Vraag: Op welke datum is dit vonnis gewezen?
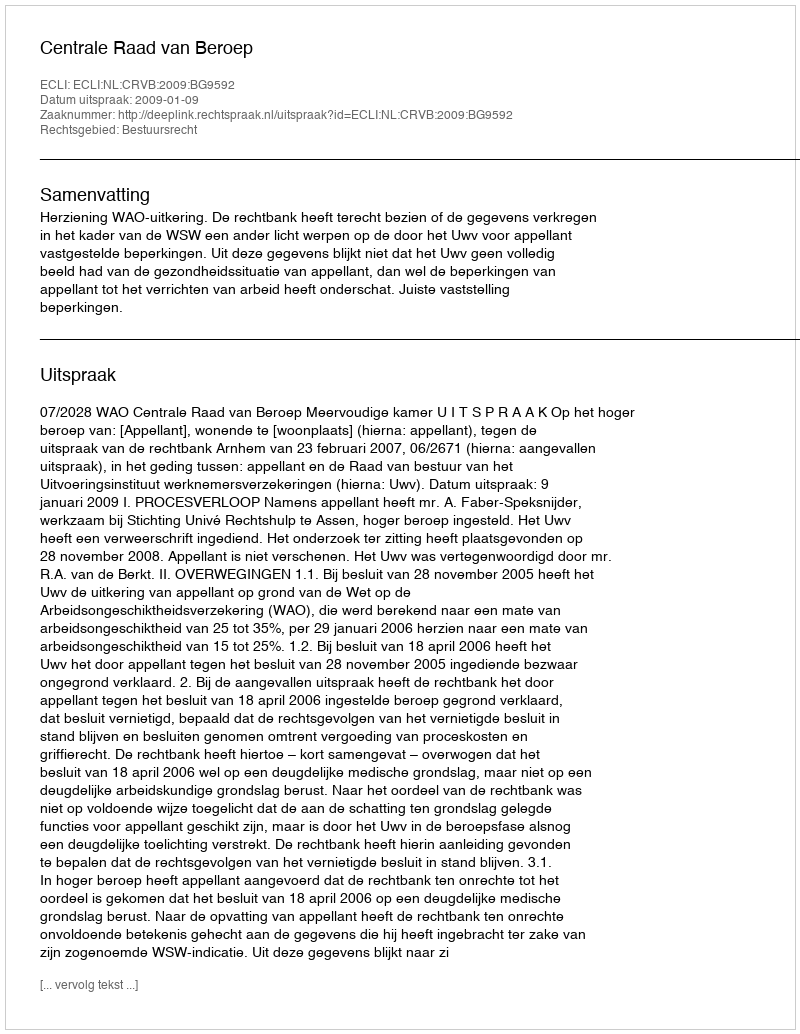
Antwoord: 2009-01-09